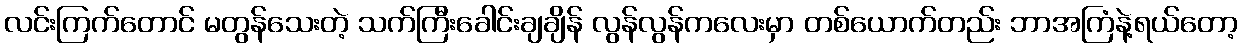
လင်းကြက်တောင် မတွန်သေးတဲ့ သက်ကြီးခေါင်းချချိန် လွန်လွန်ကလေးမှာ တစ်ယောက်တည်း ဘာအကြံနဲ့ရယ်တော့